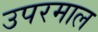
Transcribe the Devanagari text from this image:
उपरमाल